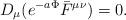
LaTeX: \begin{align*}D_{\mu}(e^{-a\Phi} \bar{F}^{\mu\nu}) = 0.\end{align*}